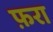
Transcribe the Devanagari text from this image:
फ़रा